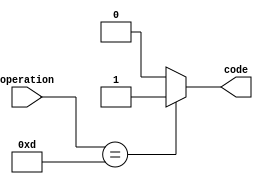
module ROM2 (input [3:0]operation, output code);

	always @(*) begin
	case(operation)
	4'b1101 : code = 1;
	default: code = 0;
	endcase
	end
	endmodule